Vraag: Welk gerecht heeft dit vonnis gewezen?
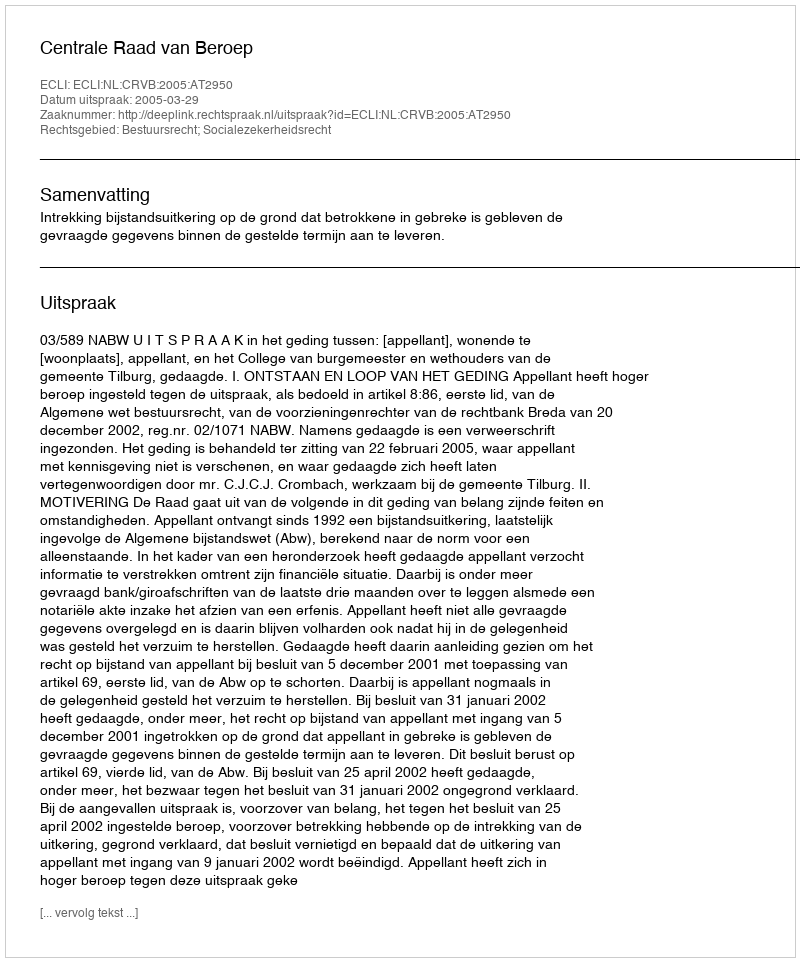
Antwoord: Centrale Raad van Beroep